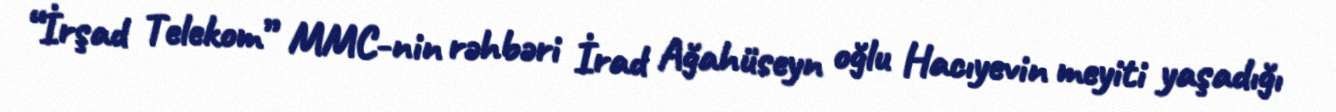
“İrşad Telekom” MMC-nin rəhbəri İrad Ağahüseyn oğlu Hacıyevin meyiti yaşadığı